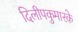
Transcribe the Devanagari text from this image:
दिलीपकुमारके